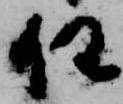
任